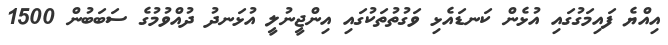
އިއްޔެ ފައިމަގުގައި އުޅެން ކަނޑައެޅި ވަގުތުތަކުގައި އިންޖީނުލީ އުޅަނދު ދުއްވުމުގެ ސަބަބުން 1500